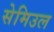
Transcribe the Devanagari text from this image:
सेमिउल